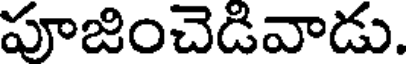
పూజించెడివాడు.